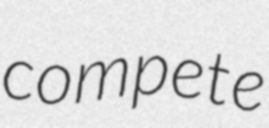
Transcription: compete